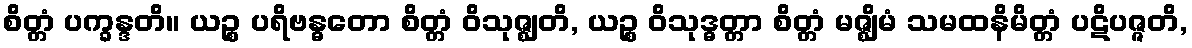
စိတ္တံ ပက္ခန္ဒတိ။ ယဉ္စ ပရိဗန္ဓတော စိတ္တံ ဝိသုဇ္ဈတိ, ယဉ္စ ဝိသုဒ္ဓတ္တာ စိတ္တံ မဇ္ဈိမံ သမထနိမိတ္တံ ပဋိပဇ္ဇတိ,